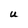
Character: U